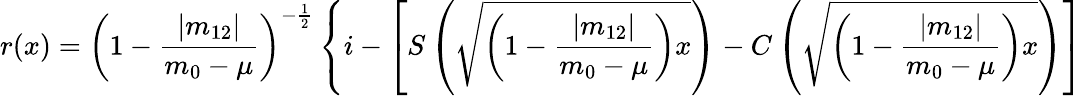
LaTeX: r(x)=\left(1-\frac{|m_{12}|}{m_{0}-\mu}\right)^{-\frac{1}{2}}\left\{ i-\left[S\left(\sqrt{\left(1-\frac{|m_{12}|}{m_{0}-\mu}\right)x}\right)-C\left(\sqrt{\left(1-\frac{|m_{12}|}{m_{0}-\mu}\right)x}\right)\right]\right.